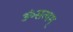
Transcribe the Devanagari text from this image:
ॐसत्यम्